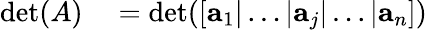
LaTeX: \begin{array}{rl}{\operatorname*{det}(A)}&{{}=\operatorname*{det}([\mathbf{a}_{1}|\dots|\mathbf{a}_{j}|\dots|\mathbf{a}_{n}])}\end{array}